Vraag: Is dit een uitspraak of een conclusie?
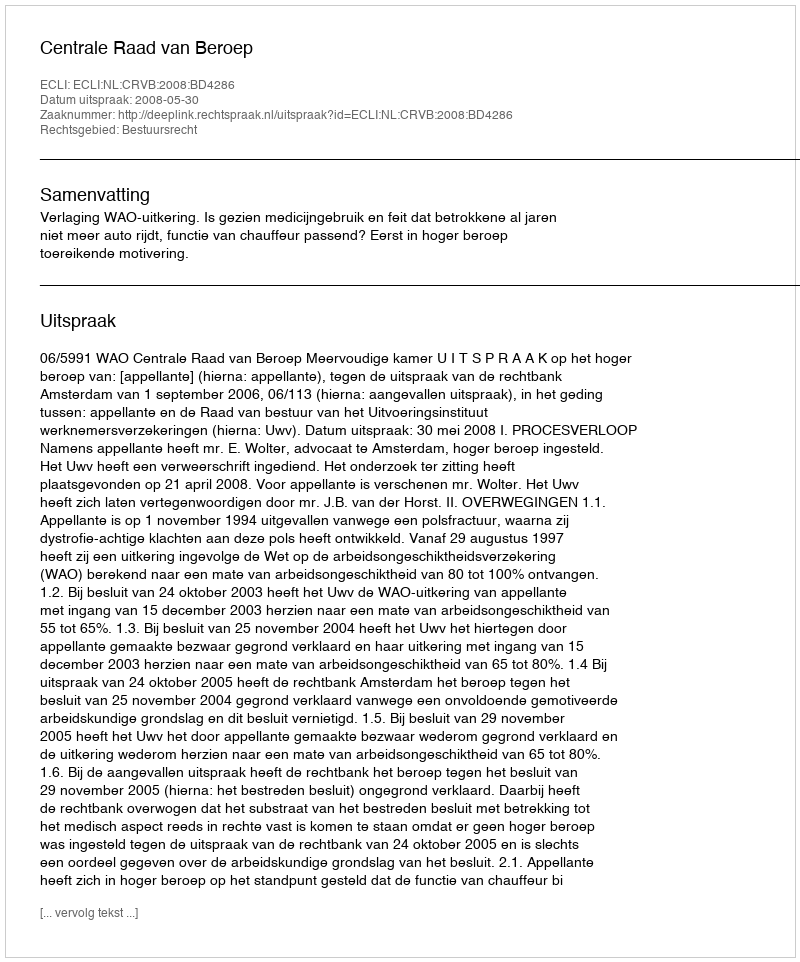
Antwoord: Uitspraak